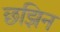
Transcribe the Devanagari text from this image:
छझिन